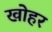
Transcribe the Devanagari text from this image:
खोहर